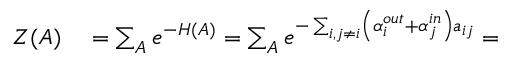
\begin{array} { r l } { Z ( A ) } & { { } = \sum _ { A } e ^ { - H ( A ) } = \sum _ { A } e ^ { - \sum _ { i , j \neq i } \left( \alpha _ { i } ^ { o u t } + \alpha _ { j } ^ { i n } \right) a _ { i j } } = } \end{array}